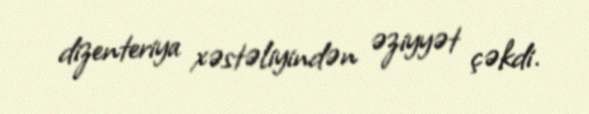
dizenteriya xəstəliyindən əziyyət çəkdi.